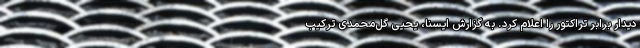
دیدار برابر تراکتور را اعلام کرد. به گزارش ایسنا، یحیی گل‌محمدی ترکیب